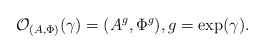
\begin{align*}\mathcal{O}_{(A,\Phi)}(\gamma)= (A^g,\Phi^g), g = \exp (\gamma). \end{align*}